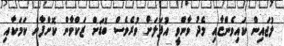
ލުޖައިން ކައިވެންޏާއި މެދު ވާންވީ އުފަލަށް ވުރެވެސް ބޮޑަށް ޒަކްވާން ކޮށްފާނެ ކަމަކާއި